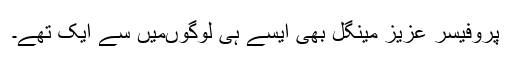
پروفیسر عزیز مینگل بھی ایسے ہی لوگوںمیں سے ایک تھے۔